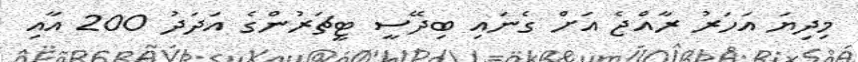
މިދިޔަ އަހަރު ރާއްޖެ އަށް ގެނައި ބިދޭސީ ޓީޗަރުންގެ އަދަދު 200 އާއި